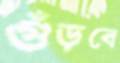
গুঁড়বে